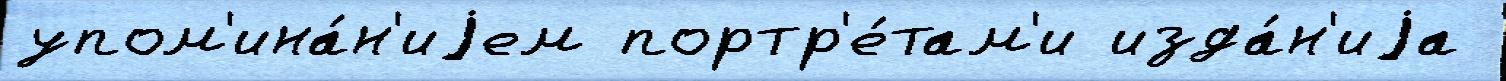
упом'ина́н'иjем портр'е́там'и изда́н'иjа